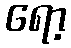
ရော့